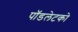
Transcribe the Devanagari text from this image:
पॉडलेटको